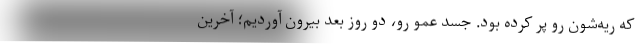
كه ريه‌شون رو پر كرده بود. جسد عمو رو، دو روز بعد بيرون آورديم؛ آخرين